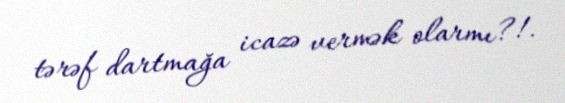
tərəf dartmağa icazə vermək olarmı?!.